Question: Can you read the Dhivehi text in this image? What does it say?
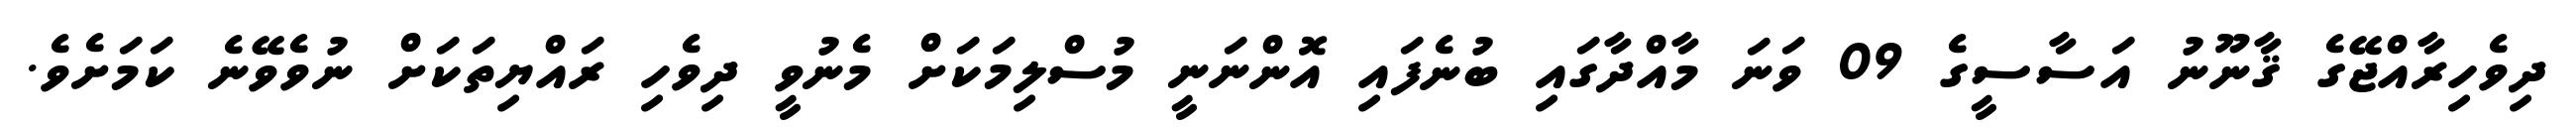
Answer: ދިވެހިރާއްޖޭގެ ޤާނޫނު އަސާސީގެ 09 ވަނަ މާއްދާގައި ބުނެފައި އޮންނަނީ މުސްލިމަކަށް މެނުވީ ދިވެހި ރައްޔިތަކަށް ނުވެވޭނެ ކަމަށެވެ.